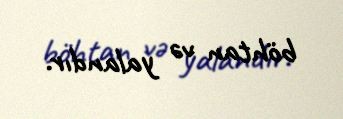
böhtan və yalandır.